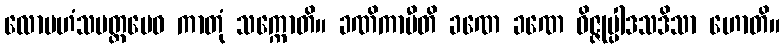
လောမဟံသမတ္တမေဝ ကာတုံ သက္ကောတိ။ ခဏိကာပီတိ ခဏေ ခဏေ ဝိဇ္ဇုပ္ပါဒသဒိသာ ဟောတိ။